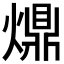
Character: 𤐣